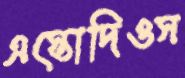
এস্তোদিওস